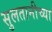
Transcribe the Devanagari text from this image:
सुलतानीच्या